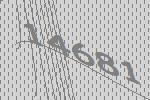
14681